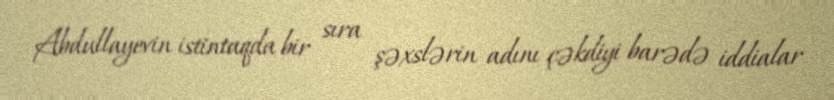
Abdullayevin istintaqda bir sıra şəxslərin adını çəkdiyi barədə iddialar